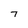
Character: 7